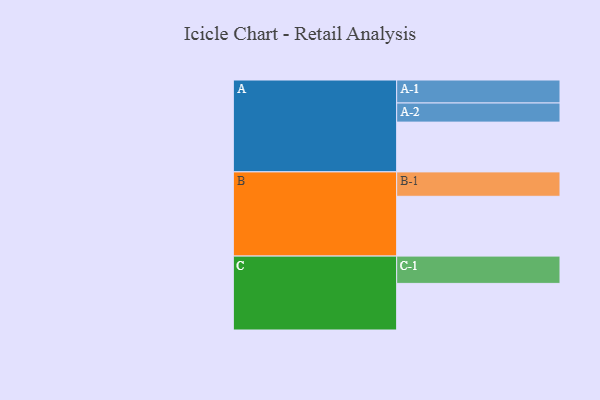
{"axis": {"x": "Segment", "y": "Value"}, "legend": ["", "A", "B", "C"], "data": [{"x": "A", "y": 487, "type": ""}, {"x": "B", "y": 585, "type": ""}, {"x": "C", "y": 456, "type": ""}, {"x": "A-1", "y": 225, "type": "A"}, {"x": "A-2", "y": 187, "type": "A"}, {"x": "B-1", "y": 239, "type": "B"}, {"x": "C-1", "y": 267, "type": "C"}]}